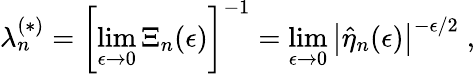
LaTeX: \lambda_{n}^{(\ast)}=\left[\operatorname*{lim}_{\epsilon\rightarrow 0}\Xi_{n}(\epsilon)\right]^{-1}=\operatorname*{lim}_{\epsilon\rightarrow 0}\left|\widehat{\eta}_{n}(\epsilon)\right|^{-\epsilon/2}\; ,